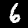
Label: 6